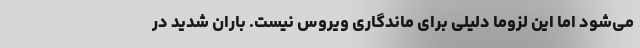
می‌شود اما این لزوما دلیلی برای ماندگاری ویروس نیست. باران شدید در